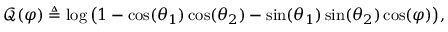
\mathcal { Q } ( \varphi ) \triangleq \log \big ( 1 - \cos ( \theta _ { 1 } ) \cos ( \theta _ { 2 } ) - \sin ( \theta _ { 1 } ) \sin ( \theta _ { 2 } ) \cos ( \varphi ) \big ) ,